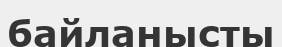
байланысты